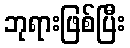
ဘုရားဖြစ်ပြီး